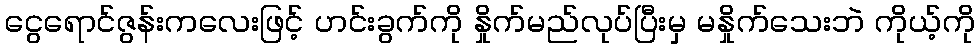
ငွေရောင်ဇွန်းကလေးဖြင့် ဟင်းခွက်ကို နှိုက်မည်လုပ်ပြီးမှ မနှိုက်သေးဘဲ ကိုယ့်ကို